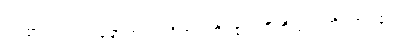
ဝင်စား၍။ ဝါ၊ ရောက်၍။ ဝိဟရတိ၊ ၏။ ပီတိယာ၊ ကို။ ဝါ၊ ၏။